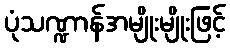
ပုံသဏ္ဍာန်အမျိုးမျိုးဖြင့်